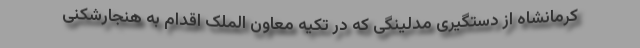
کرمانشاه از دستگیری مدلینگی که در تکیه معاون الملک اقدام به هنجارشکنی